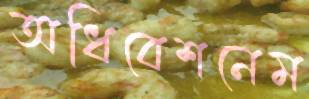
অধিবেশনেম